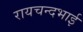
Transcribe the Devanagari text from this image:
रायचन्दभाई